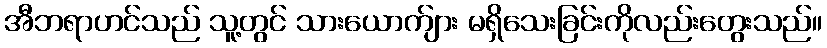
အီဘရာဟင်သည် သူ့တွင် သားယောက်ျား မရှိသေးခြင်းကိုလည်းတွေးသည်။